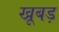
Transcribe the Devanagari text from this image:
खूबड़